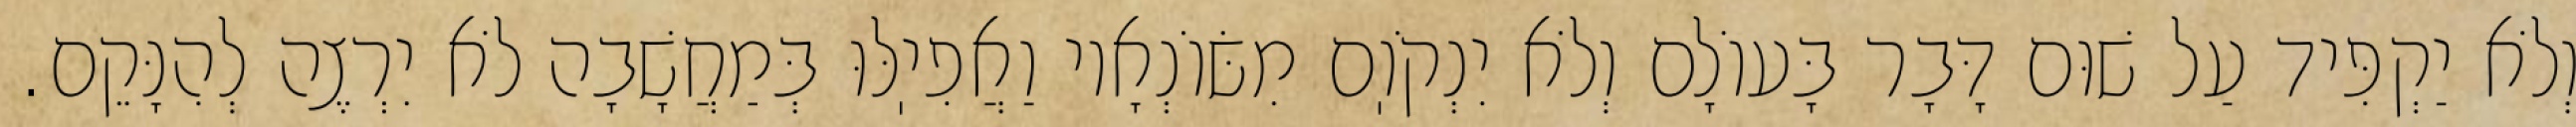
וְלֹא יַקְפִּיד עַל שׁוּם דָּבָר בָּעוֹלָם וְלֹא יִנְקֹוֽם מִשּׂוֹנְאָיו וַאֲפִיֽלּוּ בְּמַחֲשָׁבָה לֹא יִרְצֶה לְהִנָּקֵם.